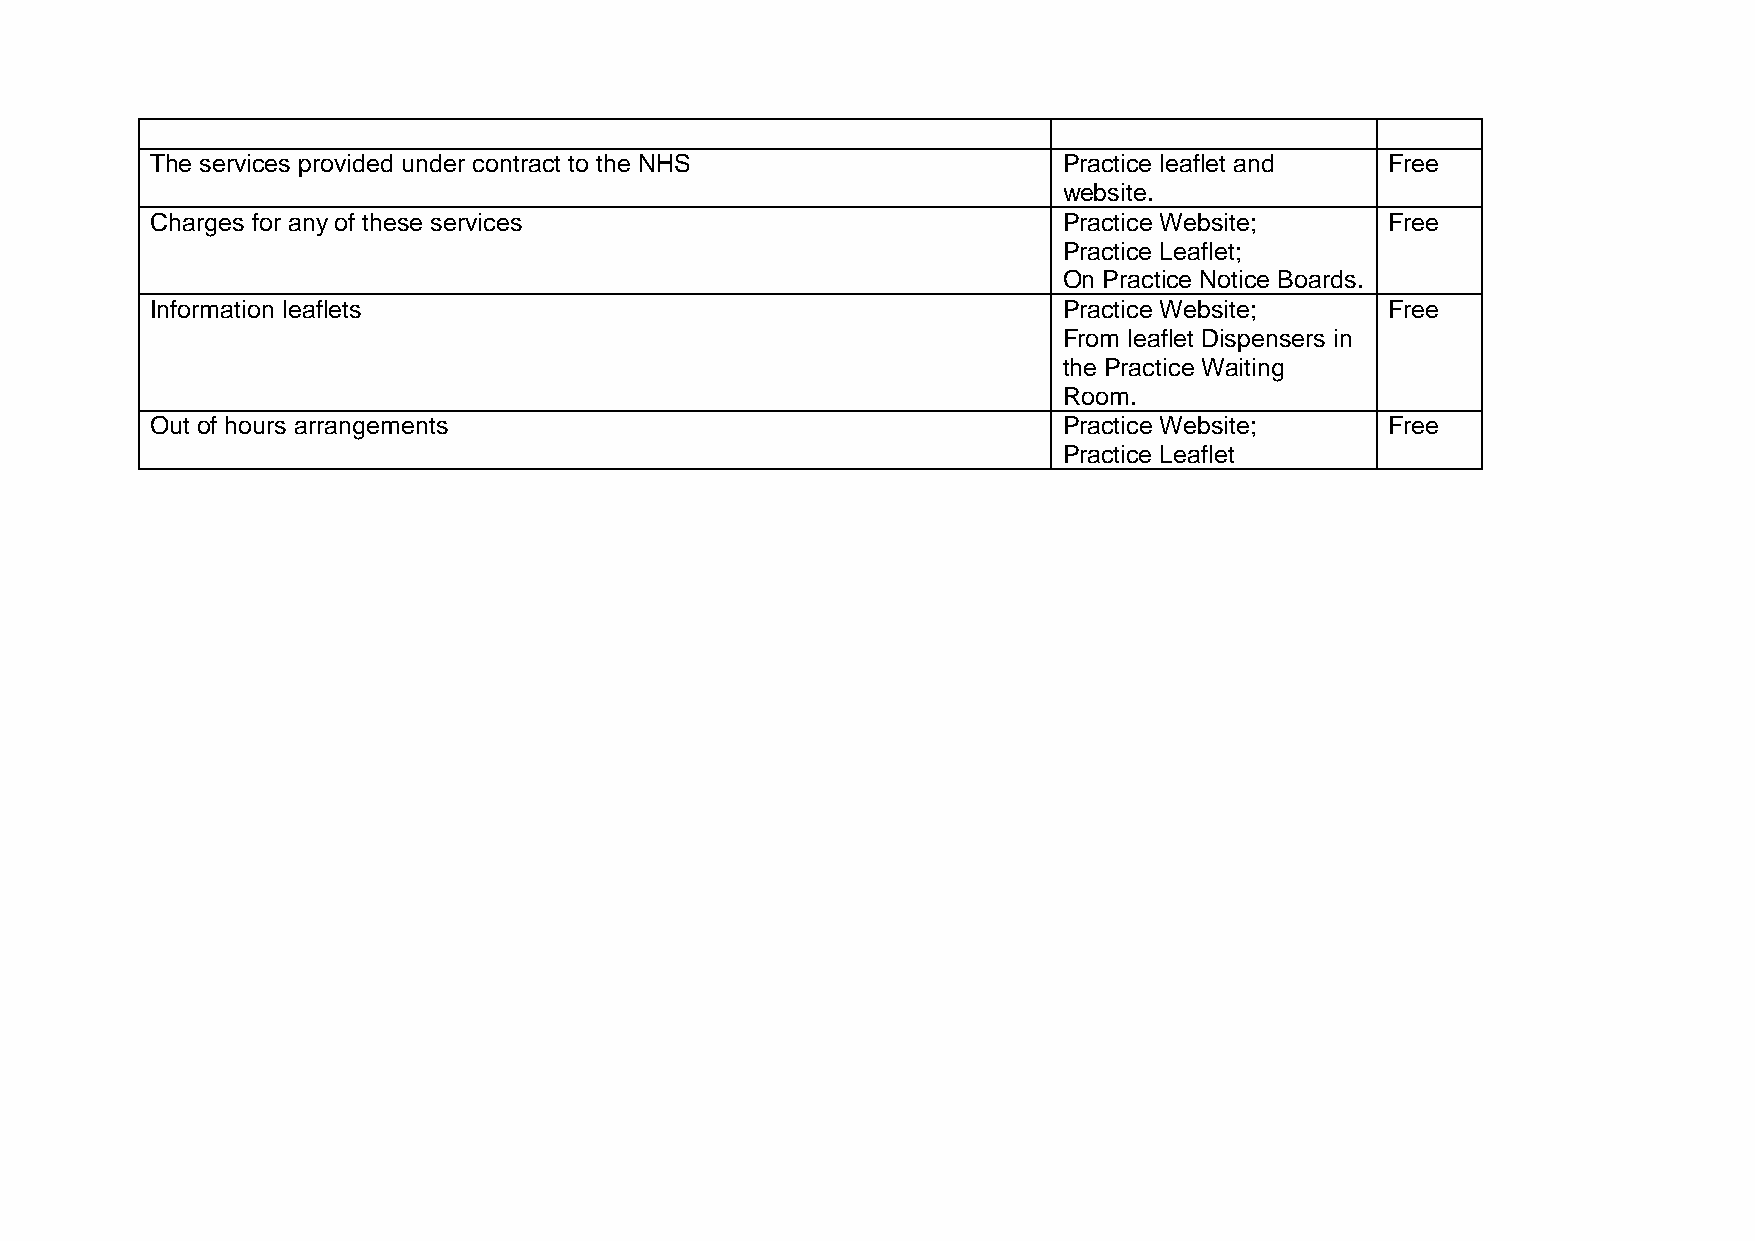
The services provided under contract to the NHS             Practice leaflet and  Free
 website.
 Charges for any of these services                           Practice Website;     Free
 Practice Leaflet;
 On Practice Notice Boards.
 Information leaflets                                        Practice Website;     Free
 From leaflet Dispensers in
 the Practice Waiting
 Room.
 Out of hours arrangements                                   Practice Website;     Free
 Practice Leaflet